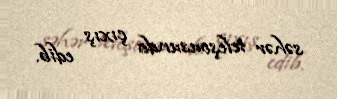
səhər teleşousunda çıxış edib.